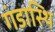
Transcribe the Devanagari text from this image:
गंडास्थि